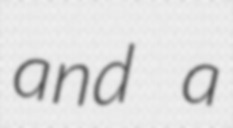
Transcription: and a